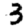
Digit: 3